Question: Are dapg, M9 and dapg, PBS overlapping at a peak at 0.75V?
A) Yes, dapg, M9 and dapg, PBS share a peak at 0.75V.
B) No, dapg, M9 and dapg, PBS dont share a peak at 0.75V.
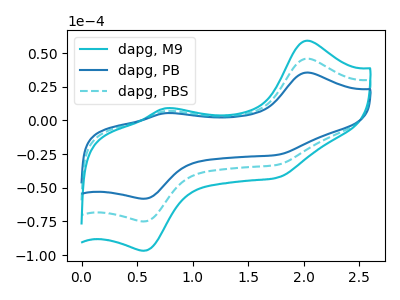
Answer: <think>The cyan curve "dapg, M9" has anodic peaks at (2.05V, 91.85uA) (0.75V, 13.90uA) and cathodic peaks at (0.55V, -149.95uA) (1.75V, -65.95uA). The blue curve "dapg, PB" has anodic peaks at (2.05V, 35.60uA) (0.75V, 5.40uA) and cathodic peaks at (0.55V, -58.10uA) (1.75V, -25.55uA). The cyan dashed curve "dapg, PBS" has anodic peaks at (2.05V, 45.90uA) (0.75V, 6.95uA) and cathodic peaks at (0.55V, -75.00uA) (1.75V, -33.00uA).</think>
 <answer>A) Yes, "dapg, M9" and "dapg, PBS" share a peak at 0.75V.</answer>
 <eval>A</eval>